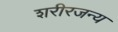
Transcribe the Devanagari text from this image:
शरीरजन्य